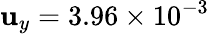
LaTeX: \mathbf{u}_{y}=3.96\times10^{-3}